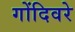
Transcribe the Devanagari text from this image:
गोंदिवरे